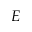
E